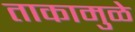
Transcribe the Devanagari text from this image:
ताकामुळे